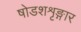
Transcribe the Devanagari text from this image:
षोडशशृङ्गार